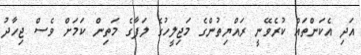
އަދި އެކަންތައް ކުރެވޭނީ ރައްޔިތުންގެ މަޖިލީހުގެ ލަފާގެ މަތިން ކަމަށް ވެސް ޖިހާދު